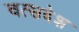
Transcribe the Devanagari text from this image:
वत्सदेश